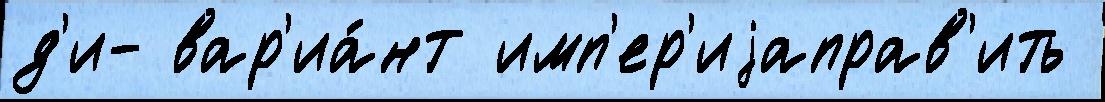
д'и- вар'иа́нт имп'ер'иjаправ'ить